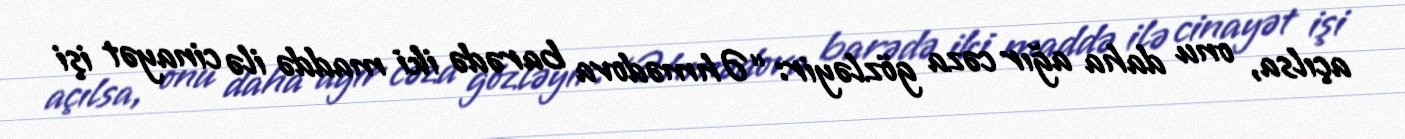
açılsa, onu daha ağır cəza gözləyir: “Əhmədova barədə iki maddə ilə cinayət işi